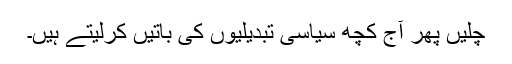
چلیں پھر آج کچھ سیاسی تبدیلیوں کی باتیں کرلیتے ہیں۔